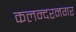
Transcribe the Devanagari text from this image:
कलन्दरनगर